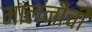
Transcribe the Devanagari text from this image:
मालनीची